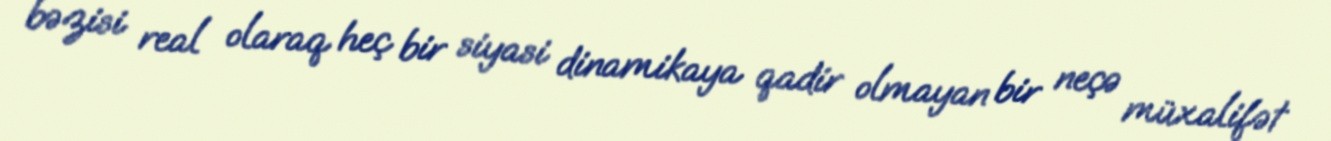
bəzisi real olaraq heç bir siyasi dinamikaya qadir olmayan bir neçə müxalifət